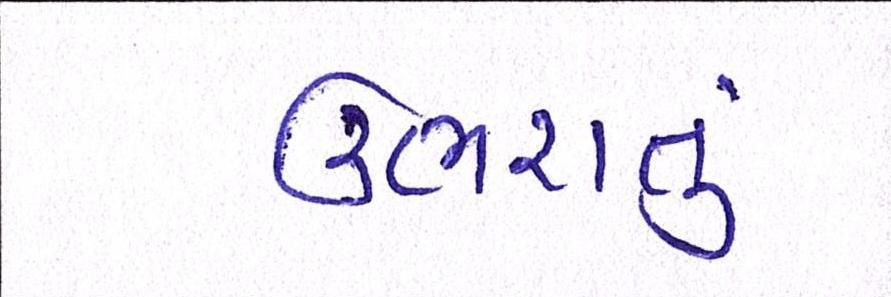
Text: ઉભરાતું